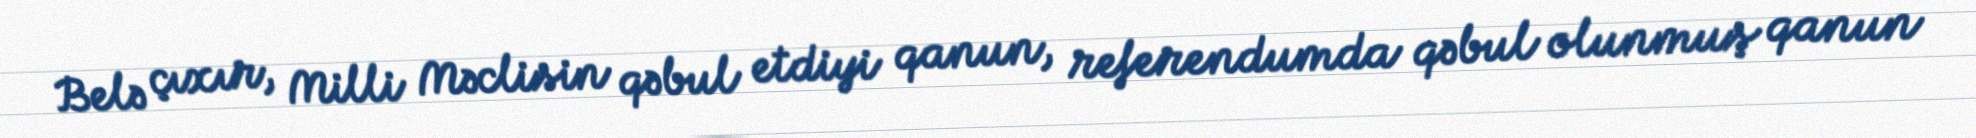
Belə çıxır, Milli Məclisin qəbul etdiyi qanun, referendumda qəbul olunmuş qanun